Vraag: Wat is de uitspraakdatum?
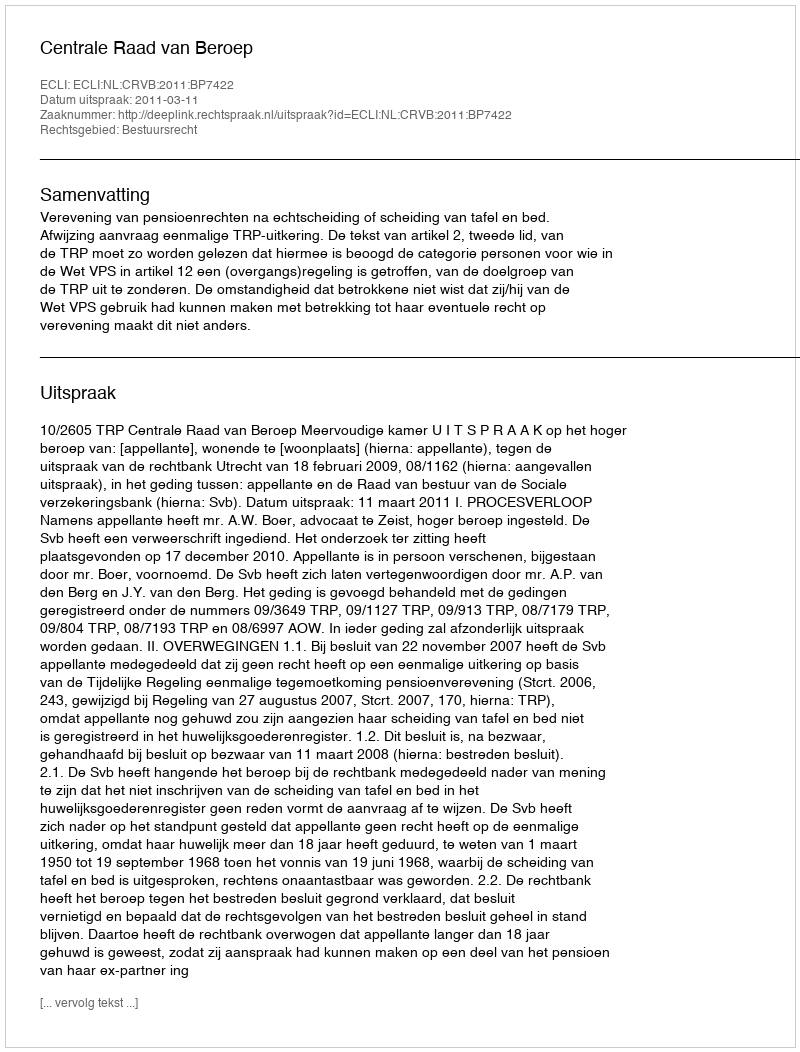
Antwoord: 2011-03-11